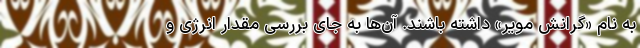
به نام «گرانش مویر» داشته باشند. آن‌ها به جای بررسی مقدار انرژی و